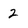
Character: 2